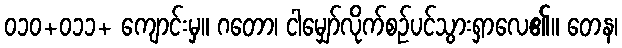
၀၁၀+၀၁၁+ ကျောင်းမှ။ ဂတော၊ ငါမျှော်လိုက်စဉ်ပင်သွားရှာလေ၏။ တေန၊